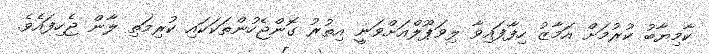
ކާމިޔާބު ކުރުމަށް އަމާޒު ހިފާފައިވާ ލިވަޕޫލްއަށްވަނީ އިތުރު ގޮންޖެހުންތަކަކައި ކުރިމަތި ލާން ޖެހިފައެވެ.